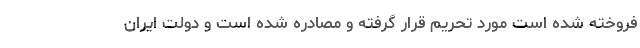
فروخته شده است مورد تحریم قرار گرفته و مصادره شده است و دولت ایران